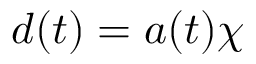
d ( t ) = a ( t ) \chi